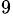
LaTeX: ^\mathrm{9}